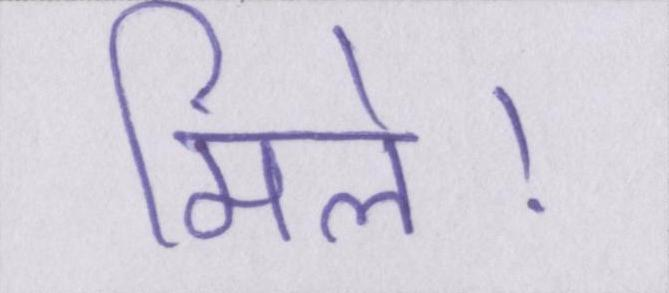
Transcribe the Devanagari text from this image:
मिले।